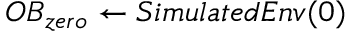
O B _ { z e r o } \leftarrow S i m u l a t e d E n v ( 0 )